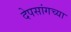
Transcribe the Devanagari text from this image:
देपसांगच्या